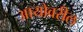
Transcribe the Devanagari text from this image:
आयोवरील